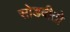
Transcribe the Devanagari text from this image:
सोडवीतो